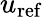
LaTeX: u_{\mathrm{ref}}